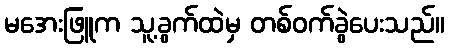
မအေးဖြူက သူ့ခွက်ထဲမှ တစ်ဝက်ခွဲပေးသည်။